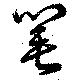
筆